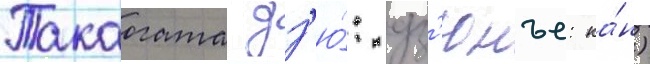
Такаогата дз'ю́: дз'юнъе: ка́н)